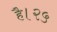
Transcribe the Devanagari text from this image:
है।२५